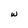
Character: w